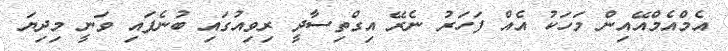
އެމްއެމްއޭއިން މަހަކު އެއް ފަހަރު ނެރޭ އިގްތިސާދީ ރިވިއުގައި ބުނެފައި ވަނީ މިދިޔަ